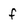
Character: f